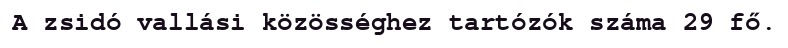
A zsidó vallási közösséghez tartózók száma 29 fő.